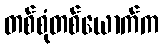
တစ်စုံတစ်ယောက်က